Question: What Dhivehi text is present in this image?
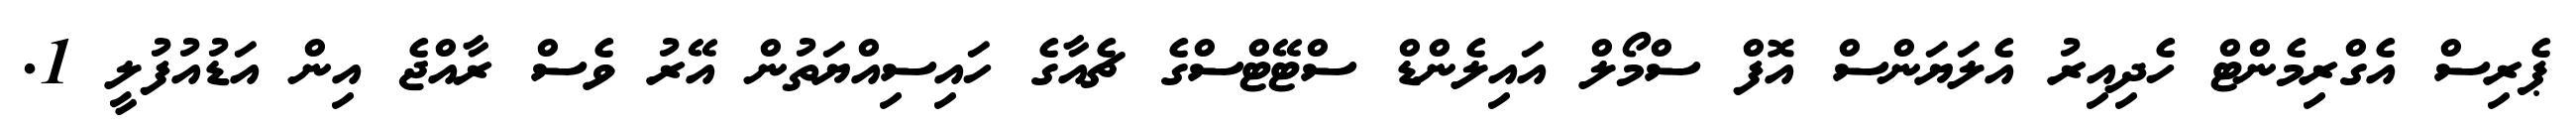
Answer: ޕެރިސް އެގްރިމެންޓް ހެދިއިރު އެލަޔަންސް އޮފް ސްމޯލް އައިލެންޑް ސްޓޭޓްސްގެ ޗެއާގެ ހައިސިއްޔަތުން އޭރު ވެސް ރާއްޖެ އިން އަޑުއުފުލީ 1.